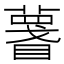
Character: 𥋚